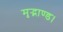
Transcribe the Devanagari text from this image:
मृद्भाण्ड।